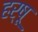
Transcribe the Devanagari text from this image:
हर्षू